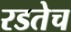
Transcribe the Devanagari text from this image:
रडतेच